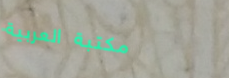
مكتبة العربية